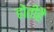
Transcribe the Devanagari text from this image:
होतीहै